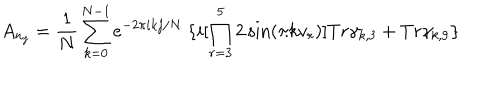
A _ { n _ { j } } = \frac { 1 } { N } \sum _ { k = 0 } ^ { N - 1 } e ^ { - 2 \pi i k j / N } \ \{ i [ \prod _ { r = 3 } ^ { 5 } 2 \sin ( \pi k v _ { r } ) ] T r \gamma _ { k , 3 } + T r \gamma _ { k , 9 } \}